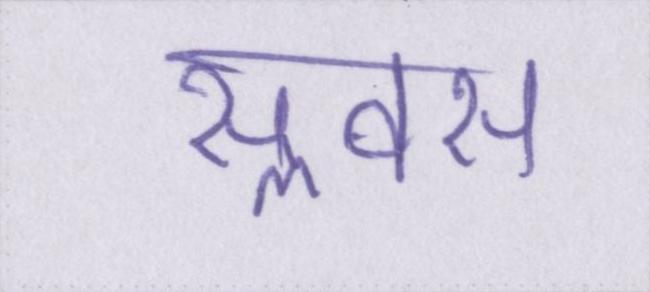
सॢवस